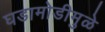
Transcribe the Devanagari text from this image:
घडामोडीमुळे